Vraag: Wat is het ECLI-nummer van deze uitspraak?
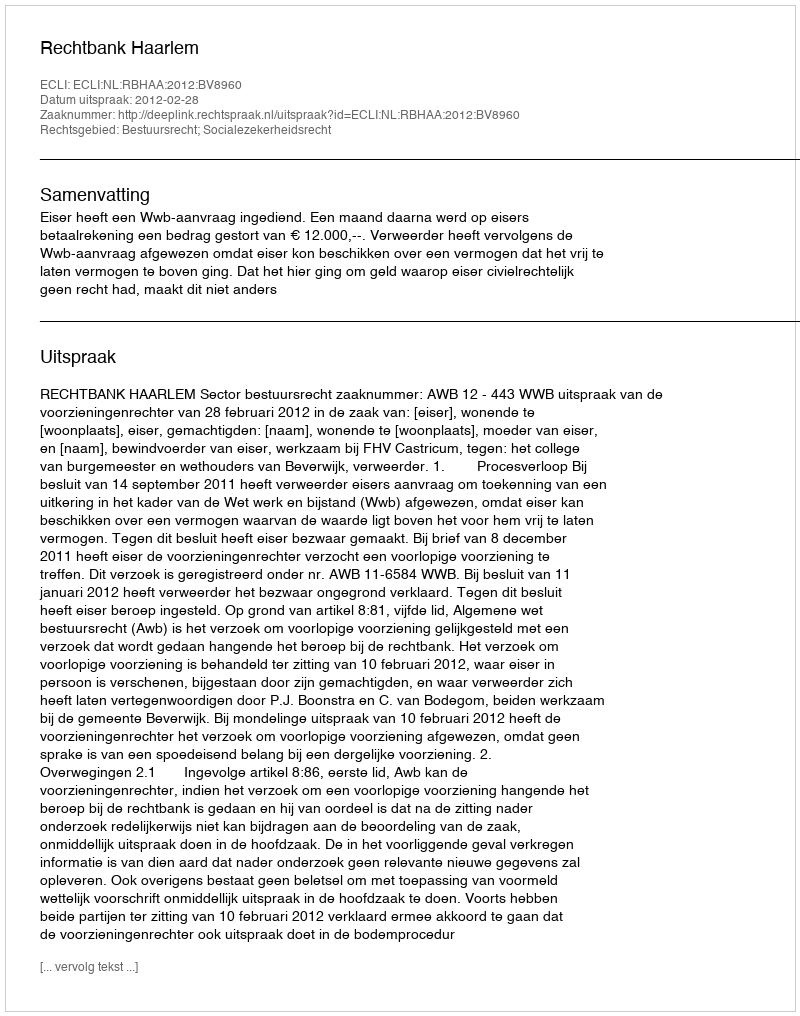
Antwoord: ECLI:NL:RBHAA:2012:BV8960